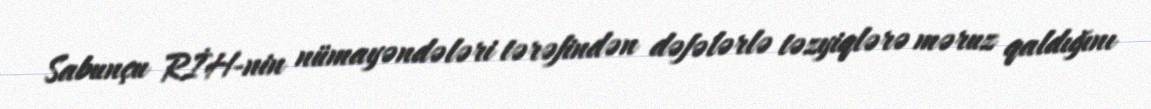
Sabunçu RİH-nin nümayəndələri tərəfindən dəfələrlə təzyiqlərə məruz qaldığını